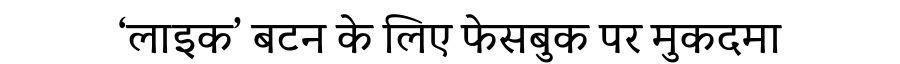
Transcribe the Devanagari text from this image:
‘लाइक’ बटन के लिए फेसबुक पर मुकदमा